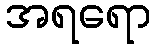
အရရော